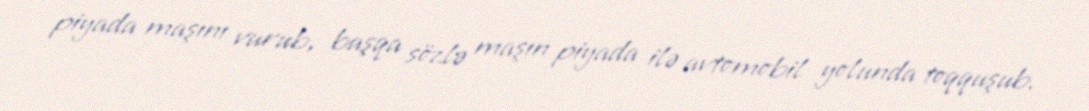
piyada maşını vurub, başqa sözlə maşın piyada ilə avtomobil yolunda toqquşub.